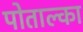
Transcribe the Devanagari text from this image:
पोताल्का